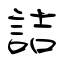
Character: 詰